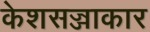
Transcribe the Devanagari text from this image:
केशसज्जाकार